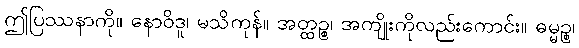
ဤပြဿနာကို။ နောဝိဒူ၊ မသိကုန်။ အတ္ထဉ္စ၊ အကျိုးကိုလည်းကောင်း။ ဓမ္မဉ္စ၊